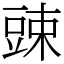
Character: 䜹